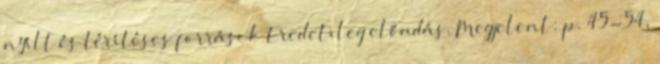
nyílt és térítéses források Eredetileg előadás. Megjelent: p. 45-54,